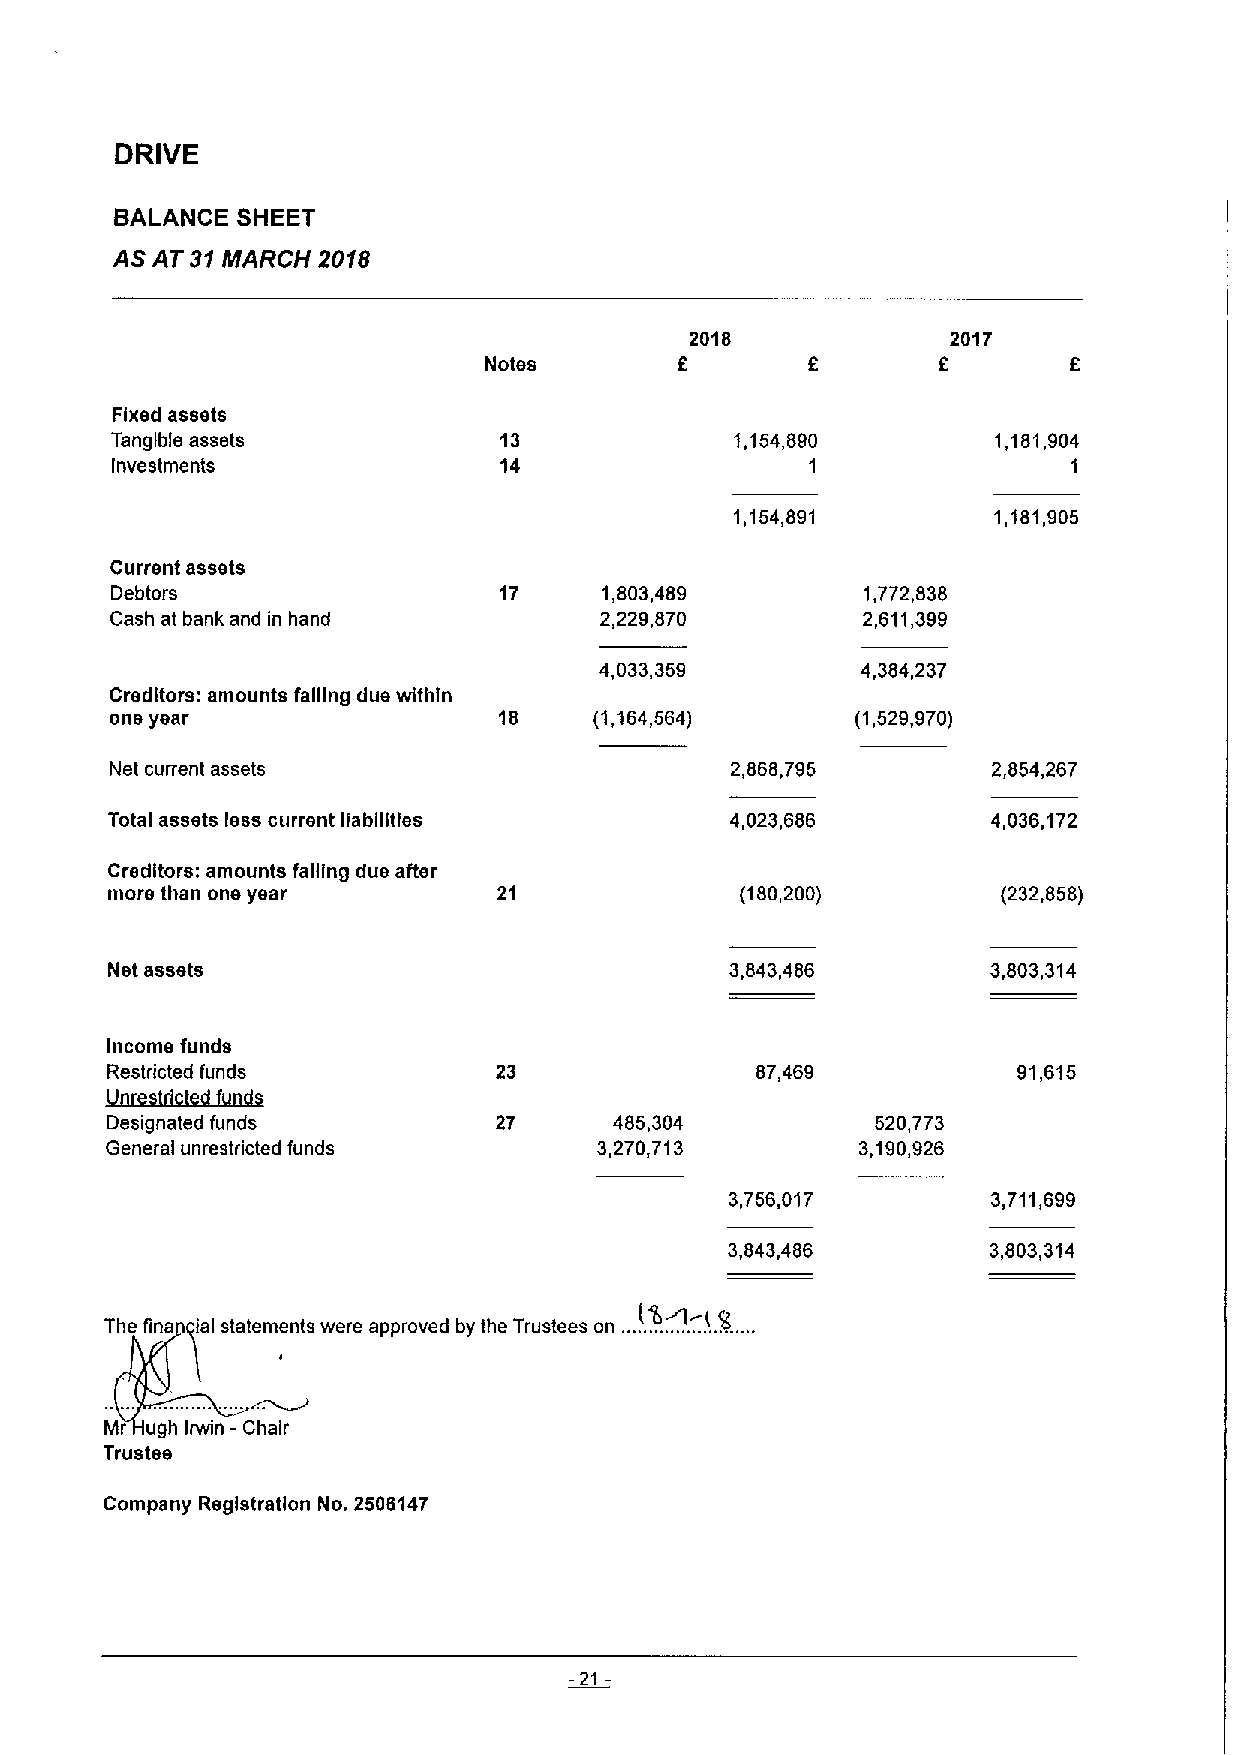
DRIVE
 BALANCE SHEET
 AS AT 31MARCH 2018
 2018             2017
 Notes        6                6
 Fixed assets
 Tangible assets           13              1,154,890        1,181,904
 Investments               14                   1                1
 1,154,891        1,181,905
 Current assets
 Debtors                   17     1,803,489        1,772,838
 Cash at bank and in hand         2,229,870        2,611,399
 4,033,359        4,384,237
 Creditors: amounts falling due within
 one year                  18    (1,164,564)       (1,529,970)
 Net current assets                       2,868,795         2,854,267
 Total assets less current liabilities    4,023,686         4,036,172
 Creditors: amounts falling due after
 more than one year        21              (180,200)        (232,858)
 Net assets                               3,843,486         3,803,314
 Income funds
 Restricted funds          23               87,469           91,615
 Llntga)figtetUgndg
 Designated funds          27      485,304          520,773
 General unrestricted funds       3,270,713        3,190,926
 3,756,017         3,711,699
 3,843,486        3,803,314
 The fina ial statements were approved by the Trustees on ..................R....
 -
 Mr ugh Irwin Chair
 Trustee
 Company Registration No. 2508147
 -21-